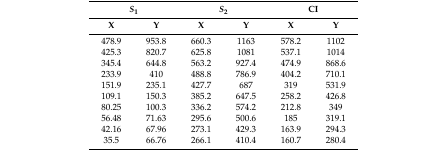
| <COLSPAN=2> S1 | <COLSPAN=2> S2 | <COLSPAN=2> CI |
 | X | Y | X | Y | X | Y |
 | --- | --- | --- | --- | --- | --- |
 | 478.9 | 953.8 | 660.3 | 1163 | 578.2 | 1102 |
 | 425.3 | 820.7 | 625.8 | 1081 | 537.1 | 1014 |
 | 345.4 | 644.8 | 563.2 | 927.4 | 474.9 | 868.6 |
 | 233.9 | 410 | 488.8 | 786.9 | 404.2 | 710.1 |
 | 151.9 | 235.1 | 427.7 | 687 | 319 | 531.9 |
 | 109.1 | 150.3 | 385.2 | 647.5 | 258.2 | 426.8 |
 | 80.25 | 100.3 | 336.2 | 574.2 | 212.8 | 349 |
 | 56.48 | 71.63 | 295.6 | 500.6 | 185 | 319.1 |
 | 42.16 | 67.96 | 273.1 | 429.3 | 163.9 | 294.3 |
 | 35.5 | 66.76 | 266.1 | 410.4 | 160.7 | 280.4 |